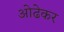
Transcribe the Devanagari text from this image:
ओढेकर